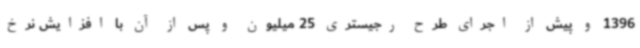
1396 و پیش از اجرای طرح رجیستری 25 میلیون و پس از آن با افزایش نرخ